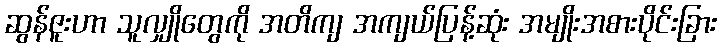
ဆွန်ဇူးဟာ သူလျှိုတွေကို အတိကျ အကျယ်ပြန့်ဆုံး အမျိုးအစားပိုင်းခြား